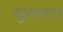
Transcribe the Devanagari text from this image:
खुराकात